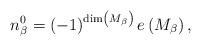
LaTeX: \begin{align*}n^0_\beta=\left(-1\right)^{\dim\left(M_\beta\right)}e\left(M_\beta\right),\end{align*}